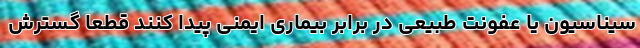
سیناسیون یا عفونت طبیعی در برابر بیماری ایمنی پیدا کنند قطعا گسترش